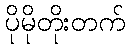
ပိုမိုတိုးတက်